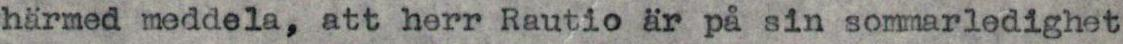
härmed meddela, att herr Rautio är på sin sommarledighet